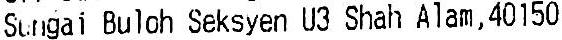
SUNGAI BULOH SEKSYEN U3 SHAH ALAM, 40150